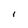
Character: I